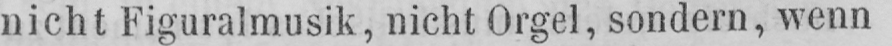
nicht Figuralmusik, nicht Orgel, sondern, wenn